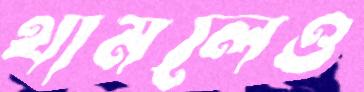
থামলেও